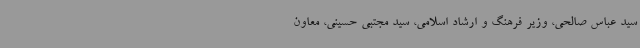
سید عباس صالحی، وزیر فرهنگ و ارشاد اسلامی، سید مجتبی حسینی، معاون